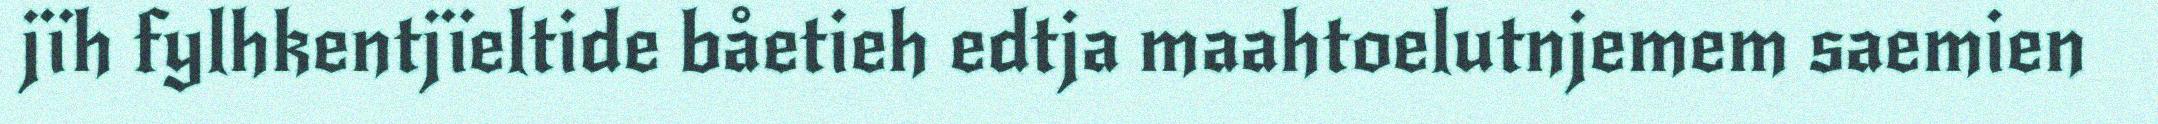
jïh fylhkentjïeltide båetieh edtja maahtoelutnjemem saemien